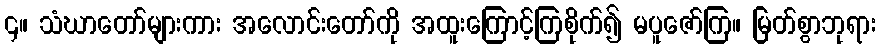
၄။ သံဃာတော်များကား အလောင်းတော်ကို အထူးကြောင့်ကြစိုက်၍ မပူဇော်ကြ။ မြတ်စွာဘုရား